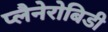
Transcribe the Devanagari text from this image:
प्लैनेरोबिडी